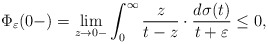
\begin{align*} \Phi_\varepsilon(0-) = \lim_{z\to0-}\int_0^\infty\frac{z}{t-z}\cdot\frac{d\sigma(t)}{t+\varepsilon}\le 0, \end{align*}